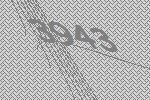
3943